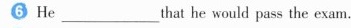
He_______that he would pass the exam.